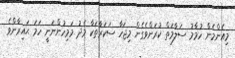
މިއެންމެން ހުމާމު ސަލާމަތް ކުރަންވެގެން މިޖަހާ ސަކަރާތަކާ މެދު މަމިހުންނަނީ ހަމަ ޙައިރާންވެ